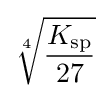
{\sqrt[{4}]{K_{{\ce {sp}}} \over 27}}